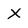
Character: X